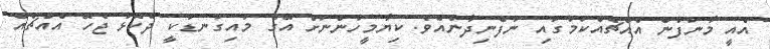
އެއީ މާނަފުން އެއްޗެއްކަމުގައި ނުފެނިދާނެއެވެ. ކިޔާމީހުންނަށް އޭގެ މަައިގަނޑަކީ ދެކޮޅު ޖެހޭ އެއްޗެއް